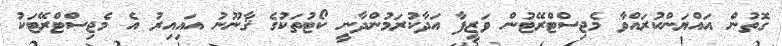
ގޮތުން އައްޔަންކުރައްވާ މެޖިސްޓްރޭޓުން ވަޒީފާ އަދާކުރަމުންދާނީ ކޯޓުތަކުގެ ޤާނޫނު އައިއިރު އެ މެޖިސްޓްރޭޓަކު